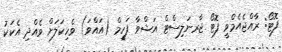
ފޮޓޯ: ރާއްޖެއެމްވީ ފޮޓޯ ޖާރނަލިސްޓް އަޝްވާ ފަހީމް (އައްވަ) ވެހިކަލަށް ވެއްދި އެކަކު